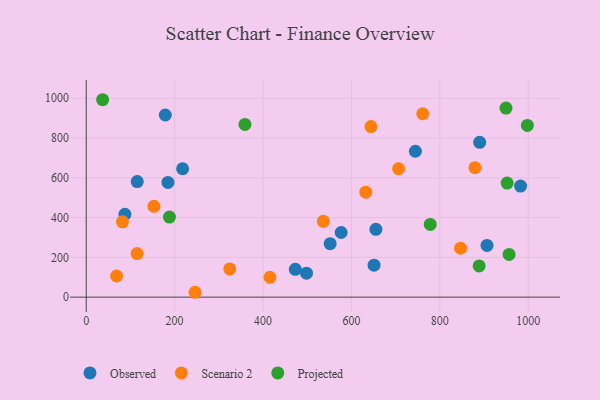
{"axis": {"x": "Ad Spend", "y": "Sales"}, "legend": ["Observed", "Projected", "Scenario 2"], "data": [{"x": "473.0", "y": 140.1, "type": "Observed"}, {"x": "218.1", "y": 645.6, "type": "Observed"}, {"x": "744.7", "y": 733.4, "type": "Observed"}, {"x": "576.8", "y": 324.9, "type": "Observed"}, {"x": "498.4", "y": 120.3, "type": "Observed"}, {"x": "982.7", "y": 558.2, "type": "Observed"}, {"x": "651.2", "y": 160.9, "type": "Observed"}, {"x": "551.9", "y": 268.8, "type": "Observed"}, {"x": "890.2", "y": 778.1, "type": "Observed"}, {"x": "178.9", "y": 915.7, "type": "Observed"}, {"x": "87.5", "y": 416.7, "type": "Observed"}, {"x": "115.4", "y": 580.9, "type": "Observed"}, {"x": "906.8", "y": 260.0, "type": "Observed"}, {"x": "184.9", "y": 576.6, "type": "Observed"}, {"x": "655.4", "y": 340.8, "type": "Observed"}, {"x": "246.2", "y": 24.5, "type": "Scenario 2"}, {"x": "536.5", "y": 381.0, "type": "Scenario 2"}, {"x": "632.5", "y": 527.5, "type": "Scenario 2"}, {"x": "847.1", "y": 246.3, "type": "Scenario 2"}, {"x": "415.7", "y": 99.8, "type": "Scenario 2"}, {"x": "115.1", "y": 219.1, "type": "Scenario 2"}, {"x": "153.2", "y": 456.6, "type": "Scenario 2"}, {"x": "324.7", "y": 142.0, "type": "Scenario 2"}, {"x": "68.8", "y": 106.3, "type": "Scenario 2"}, {"x": "761.4", "y": 922.1, "type": "Scenario 2"}, {"x": "706.8", "y": 645.5, "type": "Scenario 2"}, {"x": "644.2", "y": 857.7, "type": "Scenario 2"}, {"x": "82.1", "y": 378.8, "type": "Scenario 2"}, {"x": "879.5", "y": 650.8, "type": "Scenario 2"}, {"x": "359.1", "y": 868.3, "type": "Projected"}, {"x": "949.7", "y": 950.5, "type": "Projected"}, {"x": "956.7", "y": 214.7, "type": "Projected"}, {"x": "778.3", "y": 365.8, "type": "Projected"}, {"x": "188.3", "y": 402.7, "type": "Projected"}, {"x": "889.0", "y": 157.0, "type": "Projected"}, {"x": "952.3", "y": 573.4, "type": "Projected"}, {"x": "998.1", "y": 863.1, "type": "Projected"}, {"x": "37.1", "y": 992.5, "type": "Projected"}]}